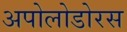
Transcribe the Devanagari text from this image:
अपोलोडोरस